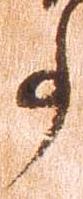
事